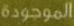
الموجودة